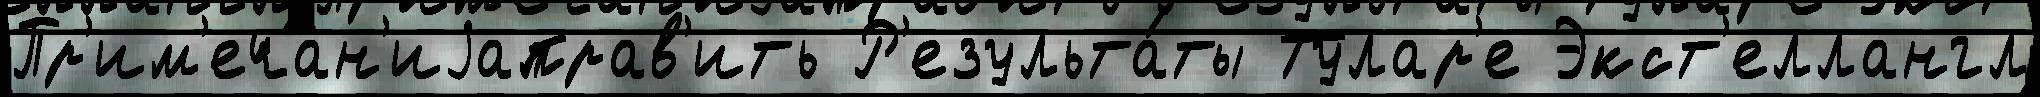
Пр'им'ечан'иjаправ'ить Р'езульта́ты Тулар'е Экст'еллангл